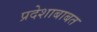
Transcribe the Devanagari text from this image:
प्रदेशाबाबत